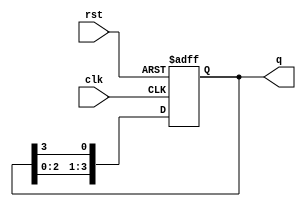
module ring_counter (
    input wire clk,      // Clock input
    input wire rst,      // Asynchronous Reset
    output reg [3:0] q   // 4-bit output
);

// Initial state of the counter
initial begin
    q = 4'b0001; // Start with the first flip-flop set to '1'
end

// Sequential logic: On the rising edge of the clock
always @(posedge clk or posedge rst) begin
    if (rst) begin
        q <= 4'b0001; // Reset to initial state
    end else begin
        // Shift '1' to the left, wrapping around
        q <= {q[2:0], q[3]}; // Move the '1' to the next position
    end
end

endmodule